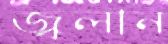
জ্বলান